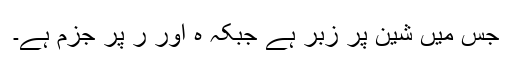
جس میں شین پر زبر ہے جبکہ ہ اور ر پر جزم ہے۔